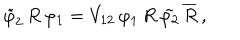
\tilde { \varphi } _ { 2 } \, R \, \varphi _ { 1 } = V _ { 1 2 } \, \varphi _ { 1 } \, R \, \tilde { \varphi _ { 2 } } \, \overline { { { R } } } \, ,